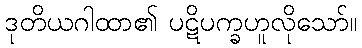
ဒုတိယဂါထာ၏ ပဋိပက္ခဟူလိုသော်။